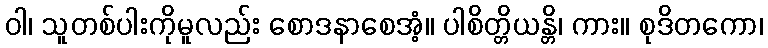
ဝါ၊ သူတစ်ပါးကိုမူလည်း စောဒနာစေအံ့။ ပါစိတ္တိယန္တိ၊ ကား။ စုဒိတကော၊